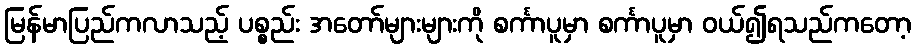
မြန်မာပြည်ကလာသည့် ပစ္စည်း အတော်များများကို စင်္ကာပူမှာ စင်္ကာပူမှာ ဝယ်၍ရသည်ကတော့